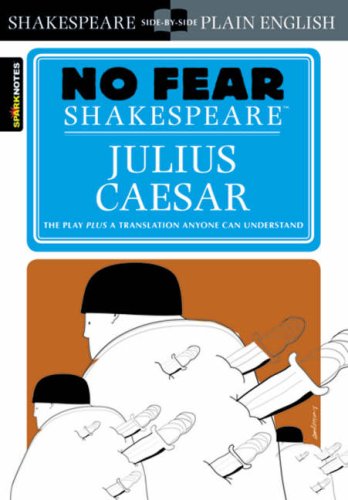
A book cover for Julius Caesar (No Fear Shakespeare); SparkNotes; Literature & Fiction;